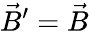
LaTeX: \vec{B}^{\prime}=\vec{B}